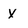
Character: X